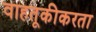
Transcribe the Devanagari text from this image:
वाहतूकीकरता